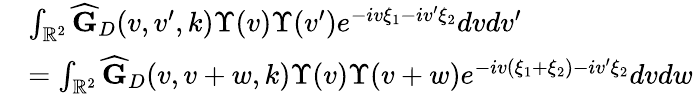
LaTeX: \begin{array}{r}{\begin{array}{rl}&{\int_{\mathbb{R}^{2}}\widehat{\mathbf{G}}_{D}(v,v^{\prime},k)\Upsilon(v)\Upsilon(v^{\prime})e^{-iv\xi_{1}-iv^{\prime}\xi_{2}}dvdv^{\prime}}\\ &{=\int_{\mathbb{R}^{2}}\widehat{\mathbf{G}}_{D}(v,v+w,k)\Upsilon(v)\Upsilon(v+w)e^{-iv(\xi_{1}+\xi_{2})-iv^{\prime}\xi_{2}}dvdw}\end{array}}\end{array}